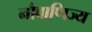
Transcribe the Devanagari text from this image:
नौवाणिज्य